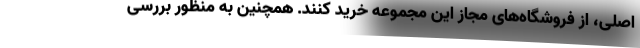
اصلی، از فروشگاه‌های مجاز این مجموعه خرید کنند. همچنین به منظور بررسی